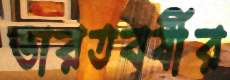
ভারতবর্ষীর